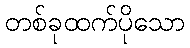
တစ်ခုထက်ပိုသော